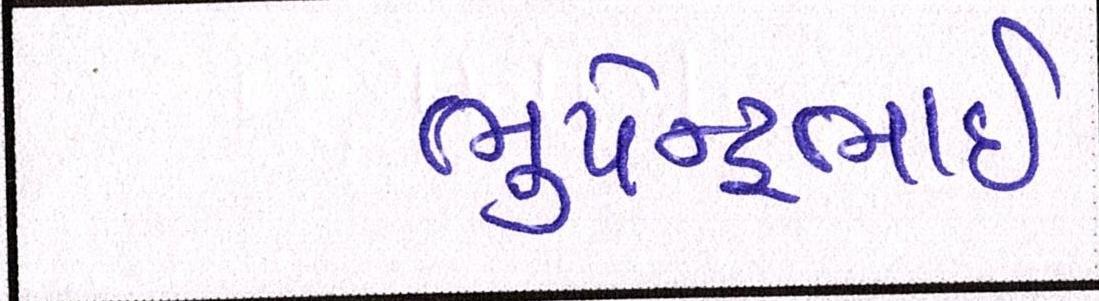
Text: ભુપેન્દ્રભાઇ